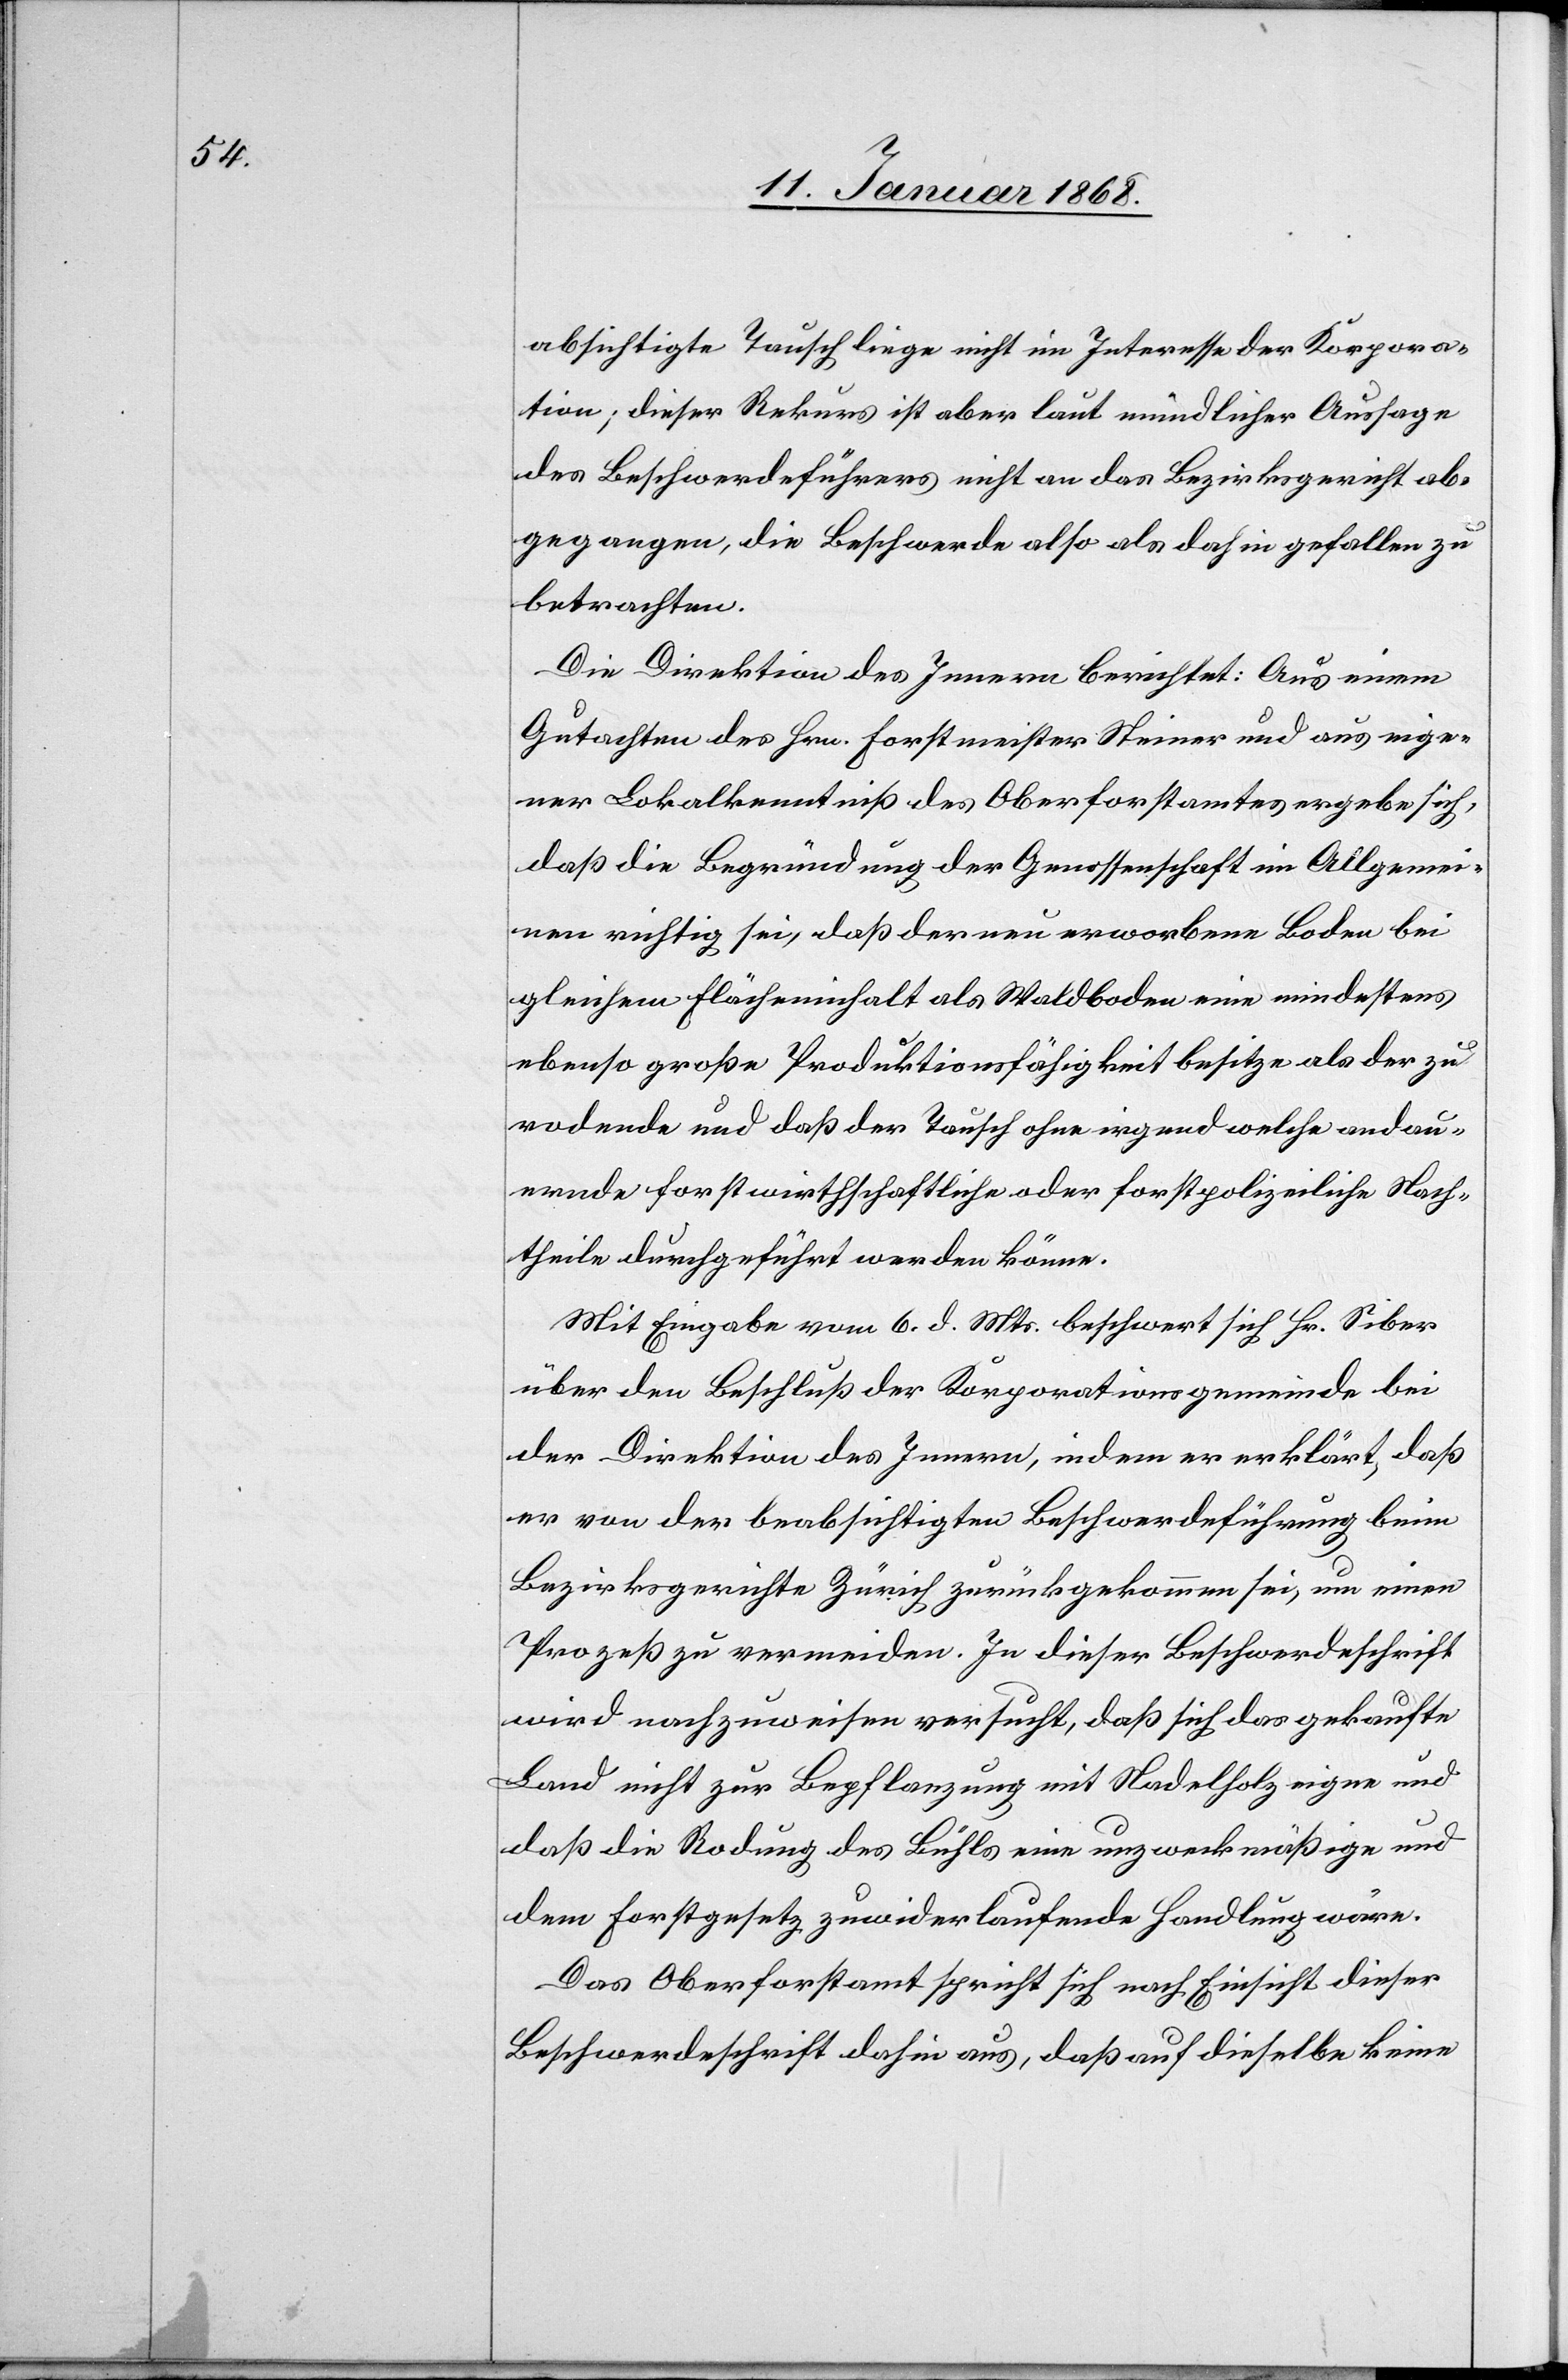
absichtigte Tausch liege nicht im Interesse der Korpora¬
tion; dieser Rekurs ist aber laut mündlicher Aussage
des Beschwerdeführers nicht an das Bezirksgericht ab¬
gegangen, die Beschwerde also als dahin gefallen zu
betrachten.
Die Direktion des Innern berichtet: Aus einem
Gutachten des Hrn. Forstmeister Steiner und aus eige¬
ner Lokalkenntniß des Oberforstamtes ergebe sich,
daß die Begründung der Genossenschaft im Allgemei¬
nen richtig sei, daß der neu erworbene Boden bei
gleichem Flächeninhalt als Waldboden eine mindestens
ebenso große Produktionsfähigkeit besitze als der zu
rodende und daß der Tausch ohne irgend welche andau¬
ernde forstwirthschaftliche oder forstpolizeiliche Nach¬
theile durchgeführt werden könne.
Mit Eingabe vom 6. d. Mts. beschwert sich Hr. Siber
über den Beschluß der Korporationsgemeinde bei
der Direktion des Innern, indem er erklärt, daß
er von der beabsichtigten Beschwerdeführung beim
Bezirksgerichte Zürich zurückgekommen sei, um einen
Prozeß zu vermeiden. In dieser Beschwerdeschrift
wird nachzuweisen versucht, daß sich das gekaufte
Land nicht zur Bepflanzung mit Nadelholz eigne und
daß die Rodung des Bühls eine unzweckmäßige und
dem Forstgesetz zuwiderlaufende Handlung wäre.
Das Oberforstamt spricht sich nach Einsicht dieser
Beschwerdeschrift dahin aus, daß auf dieselbe keine